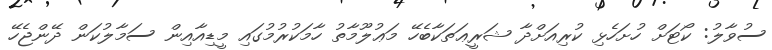
ސުވާލު: ކޯޓަށް ހުށަހެޅި ކުރިއަށްދާ ޝަރީޢަތަކާބެހޭ މަޢުލޫމާތު ހާމަކުރުމުގައި މީޑިއާއިން ސަމާލުކަން ދޭންޖެހޭ